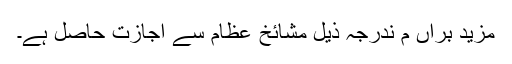
مزید براں م ندرجہ ذیل مشائخ عظام سے اجازت حاصل ہے۔